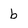
Character: b